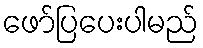
ဖော်ပြပေးပါမည်